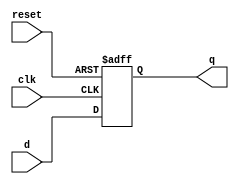
module flopr # (parameter WIDTH = 8)
(input clk, reset,
input [WIDTH-1:0] d,
output reg [WIDTH-1:0] q
);
always @ (posedge clk, posedge reset)
    if (reset) q <= 0;
    else q <= d;
endmodule